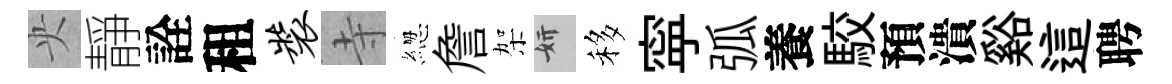
央靜詮租装寺緫詹架妍移寜弧養駮預潰谿這聘